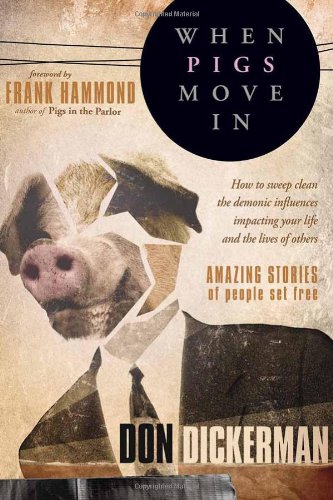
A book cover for When Pigs Move In: How To Sweep Clean the Demonic Influences Impacting Your Life and the Lives of Others; Don Dickerman; Christian Books & Bibles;